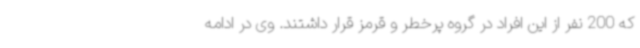
که 200 نفر از این افراد در گروه پرخطر و قرمز قرار داشتند. وی در ادامه